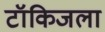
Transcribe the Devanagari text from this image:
टॉकिजला